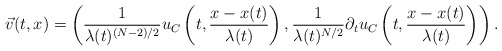
\begin{align*}\vec v(t,x) = \left ( \frac{1}{\lambda(t)^{(N-2)/2}} u_C \left ( t , \frac{x - x(t)}{\lambda(t)} \right ), \frac{1}{\lambda(t)^{N/2}} \partial_t u_C \left ( t , \frac{x - x(t)}{\lambda(t)} \right ) \right ). \end{align*}